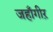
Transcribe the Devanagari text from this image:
जहाँगीऱ